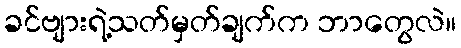
ခင်ဗျားရဲ့သတ်မှတ်ချက်က ဘာတွေလဲ။